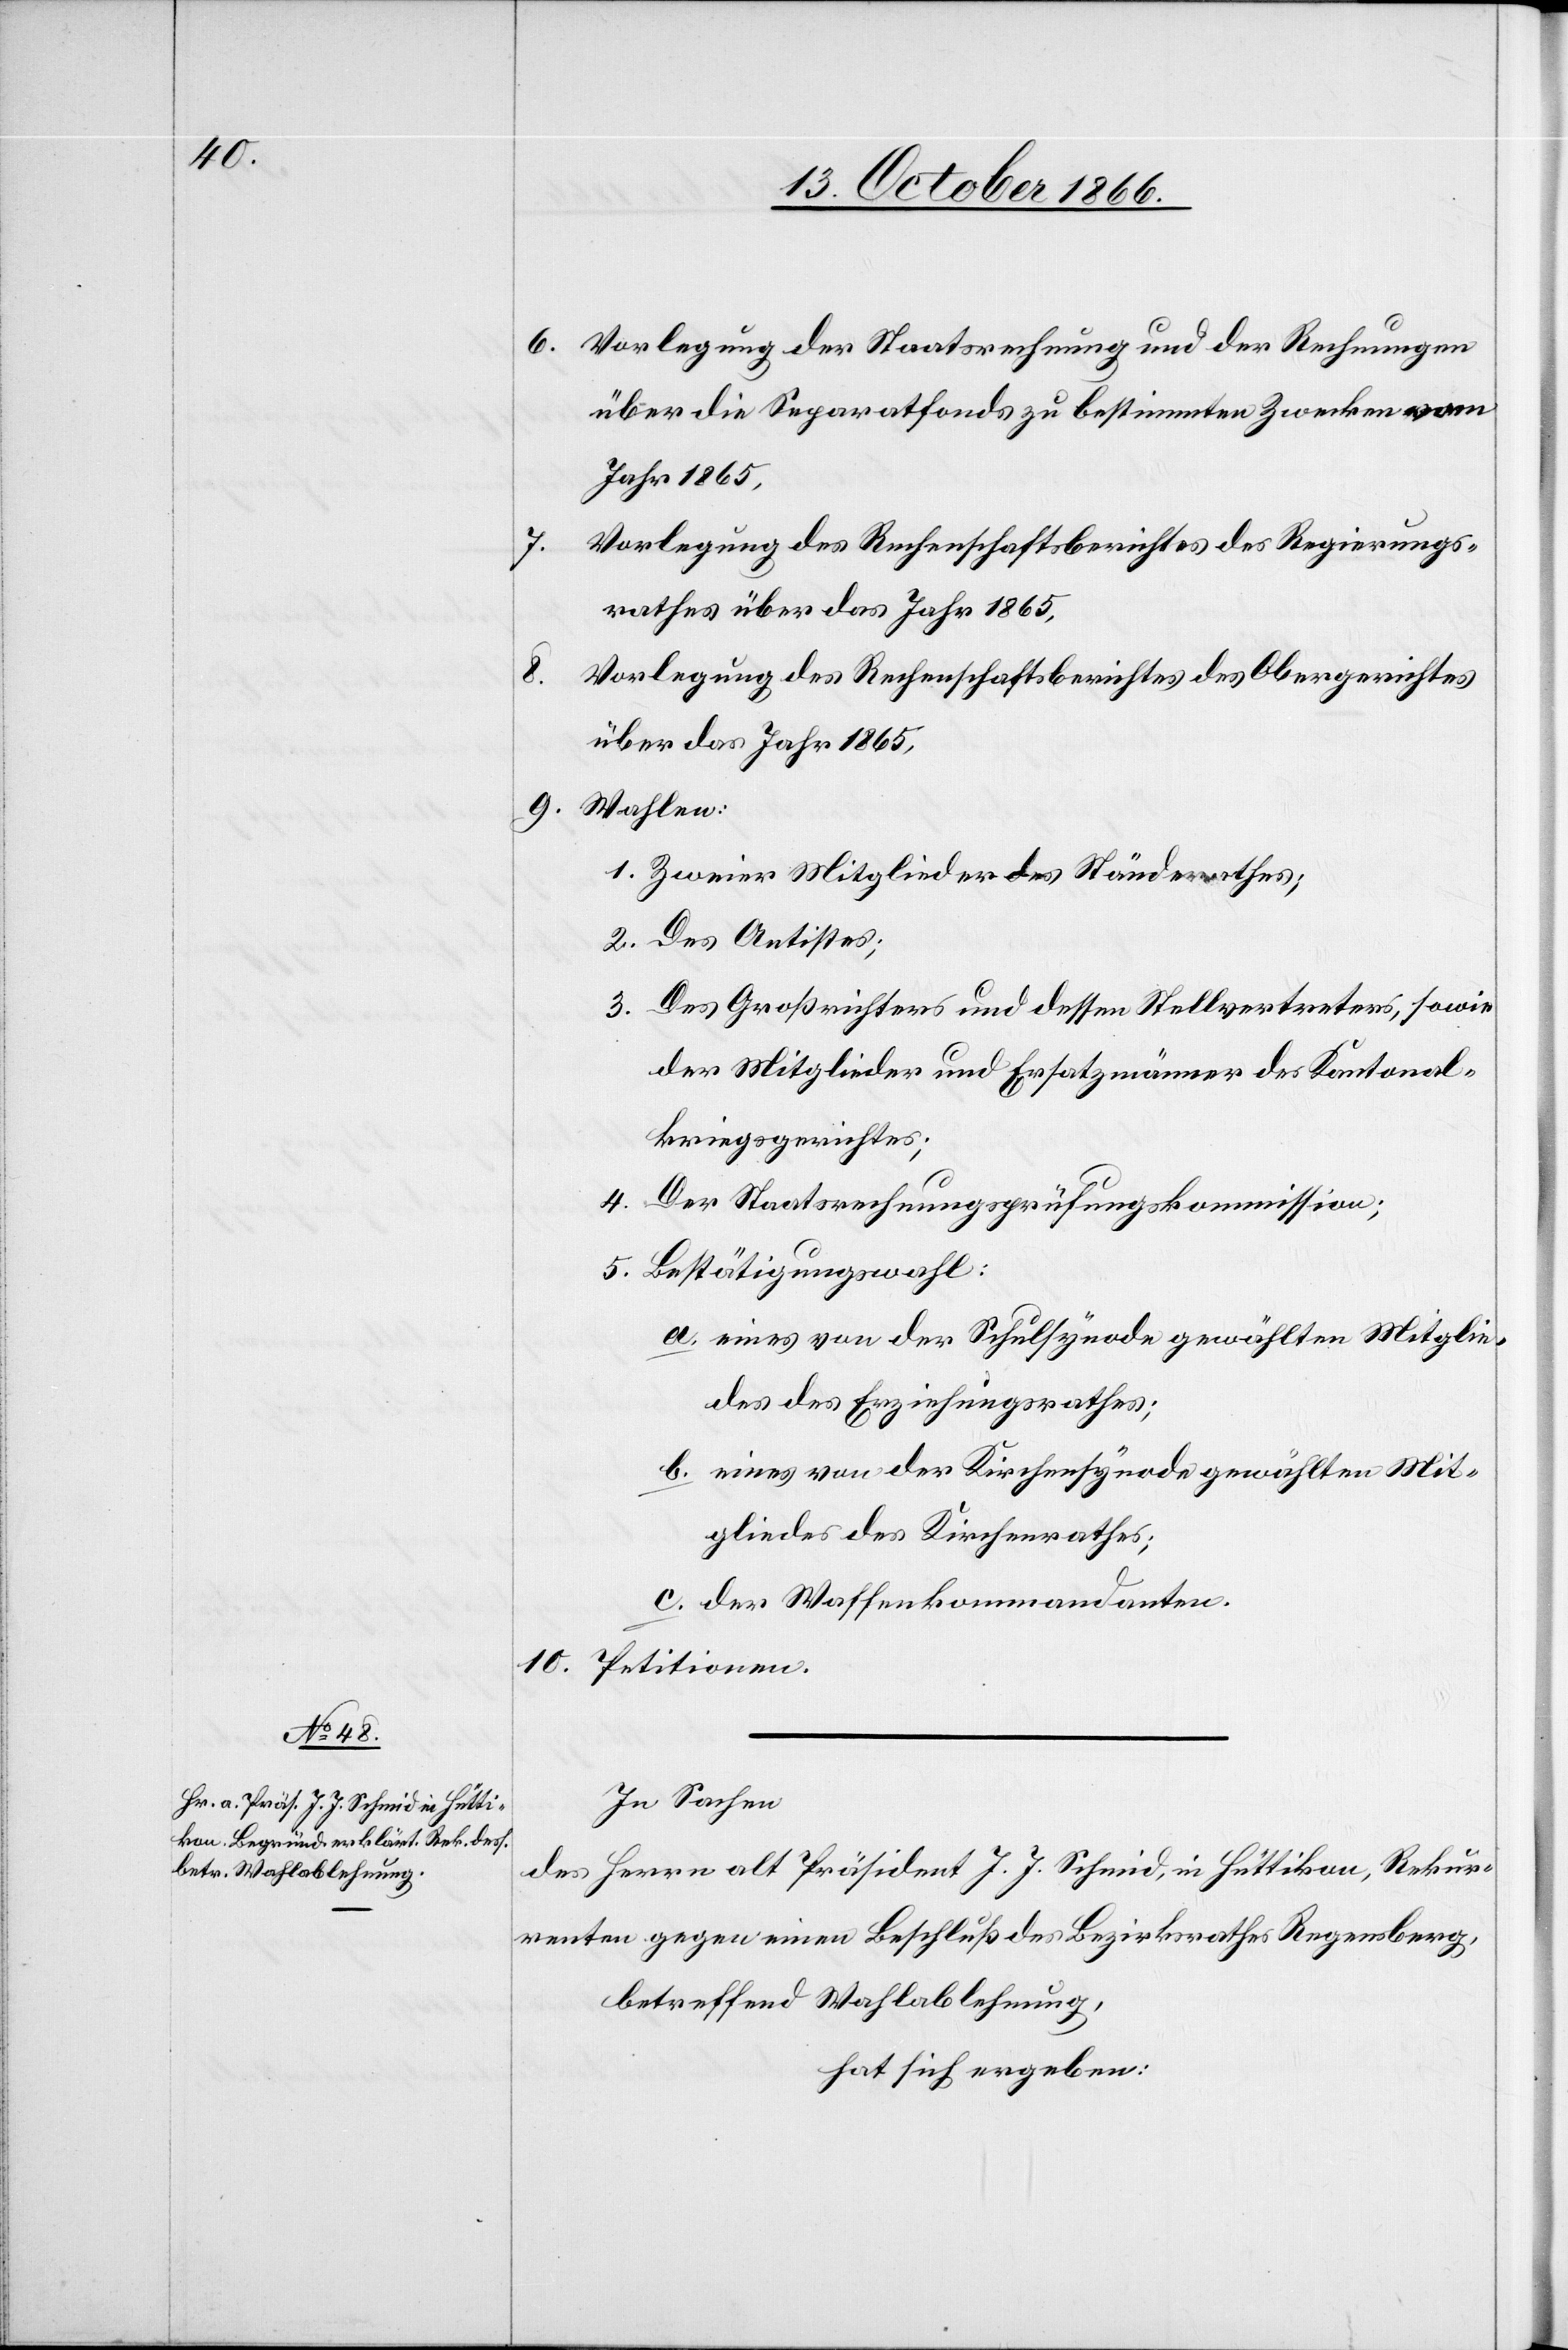
6.
7.
9.

Vorlegung der Staatsrechnung und der Rechnungen
über die Separatfonds zu bestimmten Zwecken vom
Jahr 1865,
Vorlegung des Rechenschaftsberichtes des Regierungs¬
rathes über das Jahr 1865,
Vorlegung des Rechenschaftsberichtes des Obergerichtes
über das Jahr 1865,
Wahlen:
1. Zweier Mitglieder des Ständerathes;
2. Des Antistes;
3. Des Großrichters und dessen Stellvertreters, sowie
der Mitglieder und Ersatzmänner des Kantonal¬
kriegsgerichtes;
8.
4. Der Staatsrechnungsprüfungskommission;
5. Bestätigungswahl:
a. eines von der Schulsynode gewählten Mitglie¬
des des Erziehungsrathes;
b. eines von der Kirchensynode gewählten Mit¬
gliedes des Kirchenrathes;
c. der Waffenkommandanten.
10. Petitionen.
In Sachen
des Herrn alt Präsident J. J. Schmid, in Hüttikon, Rekur¬
renten gegen einen Beschluß des Bezirksrathes Regensberg,
betreffend Wahlablehnung,
hat sich ergeben: